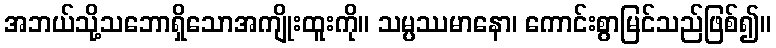
အဘယ်သို့သဘောရှိသောအကျိုးထူးကို။ သမ္ပဿမာနော၊ ကောင်းစွာမြင်သည်ဖြစ်၍။